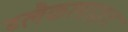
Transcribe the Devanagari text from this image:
ब्लैकलाइट